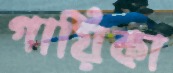
গায়িকা